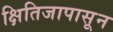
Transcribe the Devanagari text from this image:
क्षितिजापासून